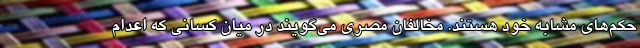
حکم‌های مشابه خود هستند. مخالفان مصری می‌گویند در میان کسانی که اعدام